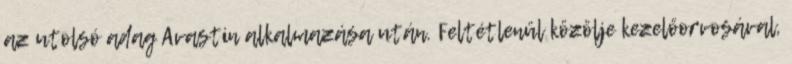
az utolsó adag Avastin alkalmazása után. Feltétlenül közölje kezelőorvosával,